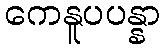
ကေနူပပန္နာ